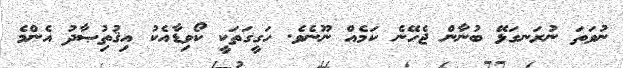
ނުވަތަ ނުރަނގަޅޭ ބުނާން ޖެހޭނެ ކަމެއް ނޫނެވެ. ހަގީގަތަކީ ކޯވިޑާއެކު އިޤުތުިޞާދު އެންމެ